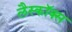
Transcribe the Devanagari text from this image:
लैस्कॉक्स